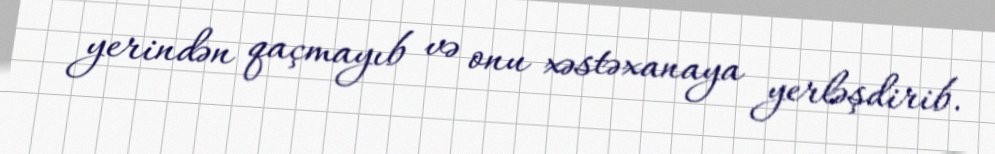
yerindən qaçmayıb və onu xəstəxanaya yerləşdirib.